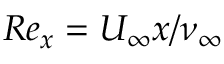
R e _ { x } = U _ { \infty } x / \nu _ { \infty }